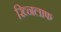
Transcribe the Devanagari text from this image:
ख्निलाफ